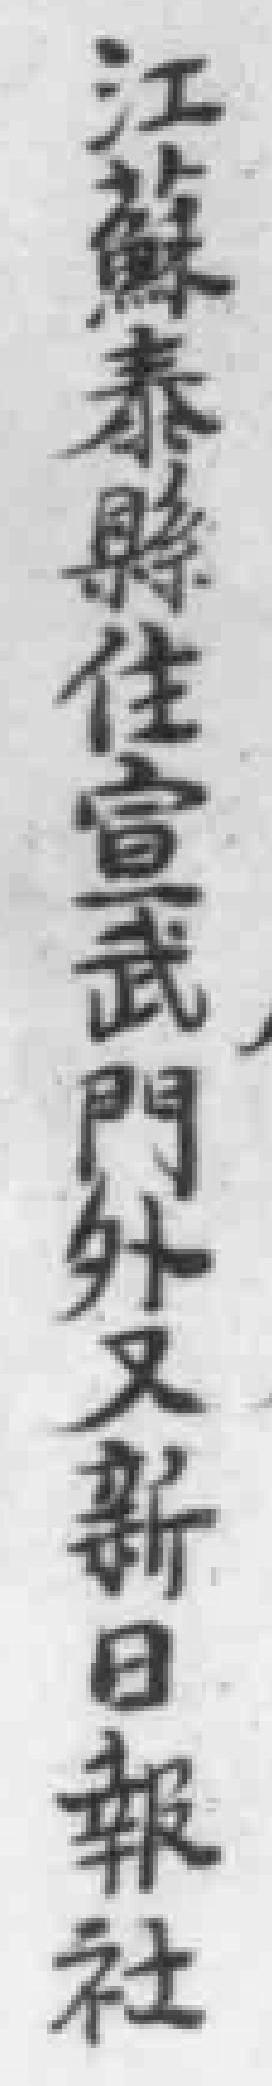
江蘇泰縣住宣武門外又新日報社